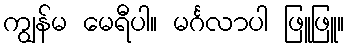
ကျွန်မ မေရီပါ။ မင်္ဂလာပါ ဖြူဖြူ။